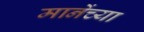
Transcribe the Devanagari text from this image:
मानेंच्या